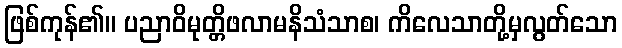
ဖြစ်ကုန်၏။ ပညာဝိမုတ္တိဖလာမနိသံသာစ၊ ကိလေသာတို့မှလွတ်သော